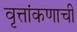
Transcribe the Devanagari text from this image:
वृत्तांकणाची